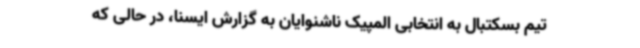
تیم بسکتبال به انتخابی المپیک ناشنوایان به گزارش ایسنا، در حالی که